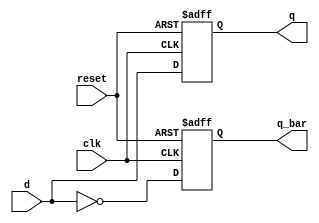
module synchronous_flip_flop (
    input wire clk,       // Clock input
    input wire reset,     // Asynchronous reset
    input wire d,         // Data input
    output reg q,         // Data output
    output reg q_bar      // Inverted output
);

    // Always block triggered on the rising edge of the clock or on reset
    always @(posedge clk or posedge reset) begin
        if (reset) begin
            q <= 1'b0;         // Reset output q to 0
            q_bar <= 1'b1;     // Reset inverted output q_bar to 1
        end else begin
            q <= d;            // Update q with data input d
            q_bar <= ~d;       // Invert data input d for q_bar
        end
    end

endmodule